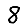
Digit: 8